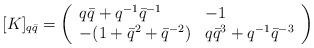
LaTeX: \begin{align*}\lbrack K]_{q\bar{q}}=\left( \begin{array}{ll}q\bar{q}+q^{-1}\bar{q}^{-1} & -1 \\ -(1+\bar{q}^{2}+\bar{q}^{-2}) & q\bar{q}^{3}+q^{-1}\bar{q}^{-3}\end{array}\right) \end{align*}